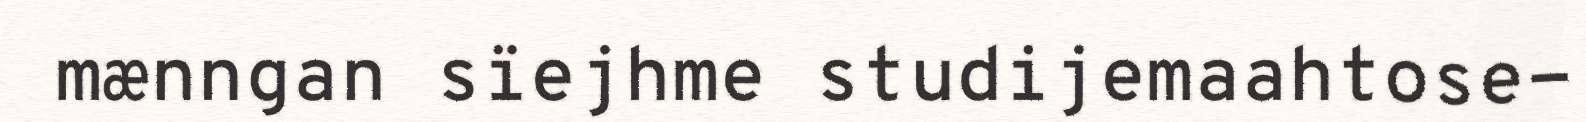
mænngan sïejhme studijemaahtose-